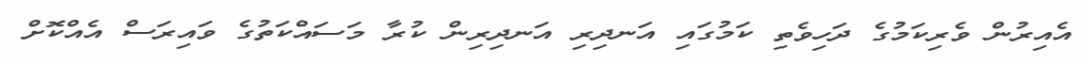
އެއިރުން ވެރިކަމުގެ ދަހިވެތި ކަމުގައި އަނދިރި އަނދިރިން ކުރާ މަސައްކަތުގެ ވައިރަސް އެއްކޮށް